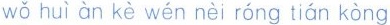
wǒ huì àn kè wén nèi róng tián kòng